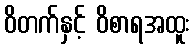
ဝိတက်နှင့် ဝိစာရအထူး